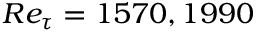
R e _ { \tau } = 1 5 7 0 , 1 9 9 0